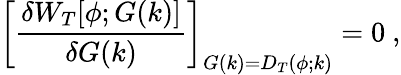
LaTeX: \biggl[{\frac{\delta W_{T}[\phi;G(k)]}{\delta G(k)}}\biggr]_{G(k)=D_{T}(\phi;k)}=0~,